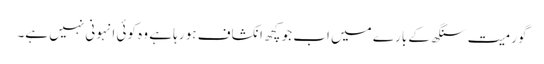
گورمیت سنگھ کے بارے میں اب جو کچھ انکشاف ہو رہا ہے وہ کوئی انہونی نہیں ہے۔